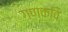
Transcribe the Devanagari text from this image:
गणकवि